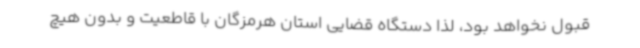
قبول نخواهد بود، لذا دستگاه قضایی استان هرمزگان با قاطعیت و بدون هیچ